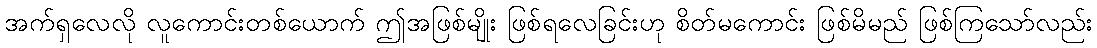
အက်ရှလေလို လူကောင်းတစ်ယောက် ဤအဖြစ်မျိုး ဖြစ်ရလေခြင်းဟု စိတ်မကောင်း ဖြစ်မိမည် ဖြစ်ကြသော်လည်း